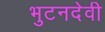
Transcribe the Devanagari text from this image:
भुटनदेवी